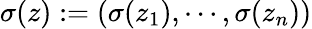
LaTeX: \sigma(z):=(\sigma(z_{1}),\cdots,\sigma(z_{n}))